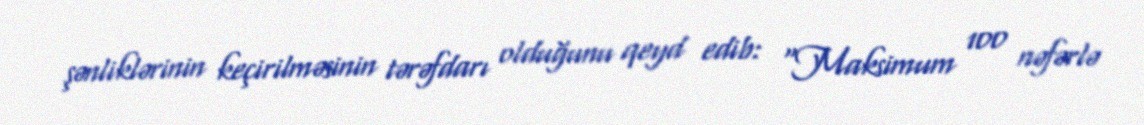
şənliklərinin keçirilməsinin tərəfdarı olduğunu qeyd edib: “Maksimum 100 nəfərlə